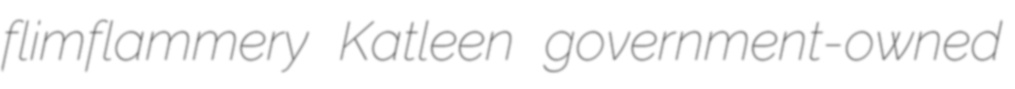
flimflammery Katleen government-owned